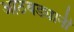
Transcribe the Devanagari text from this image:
आठवड्यानी